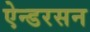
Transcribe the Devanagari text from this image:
ऐन्डरसन